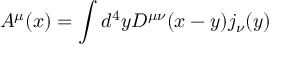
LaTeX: { \cal A } ^ { \mu } ( x ) = \int d ^ { 4 } y D ^ { \mu \nu } ( x - y ) j _ { \nu } ( y )